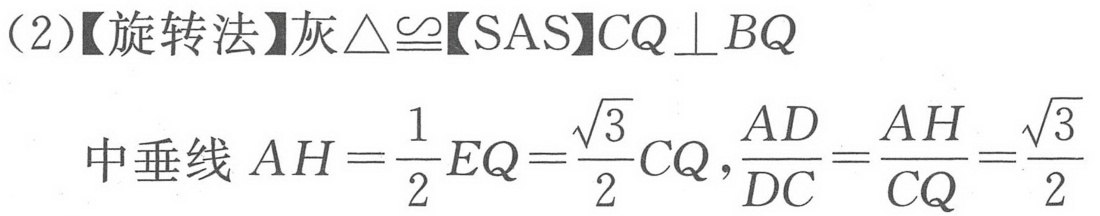
(2)【旋转法】灰$\triangle\cong$【SAS】$CQ\perp BQ$
中垂线\(AH = \frac{1}{2}EQ=\frac{\sqrt{3}}{2}CQ\)，\(\frac{AD}{DC}=\frac{AH}{CQ}=\frac{\sqrt{3}}{2}\)